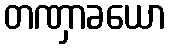
တဏှာခယော